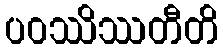
ပဝဿိဿတီတိ